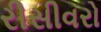
રીસીવરો